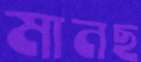
মানছ